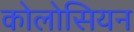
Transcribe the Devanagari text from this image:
कोलोसियन